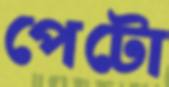
পেটো